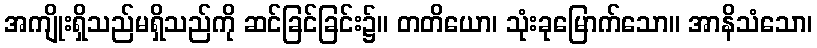
အကျိုးရှိသည်မရှိသည်ကို ဆင်ခြင်ခြင်း၌။ တတိယော၊ သုံးခုမြောက်သော။ အာနိသံသော၊